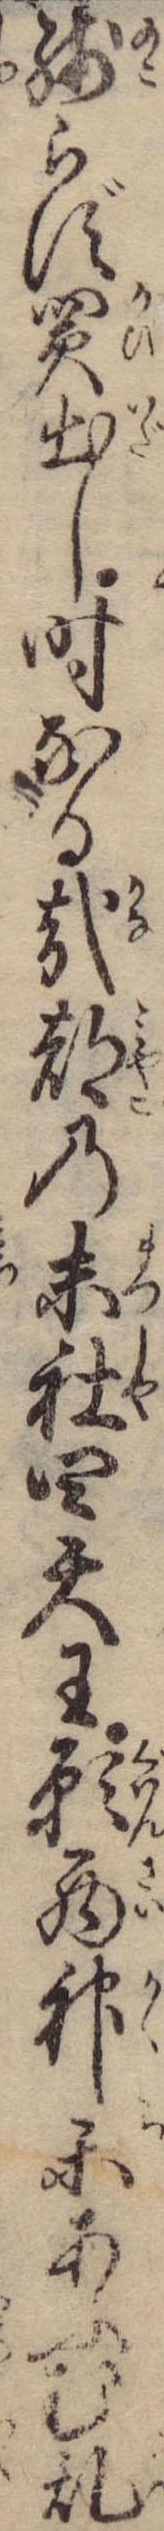
残らず買出し時なる哉都の末社四天王願西神楽あふむ乱